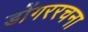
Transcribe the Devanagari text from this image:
डोंगररचना